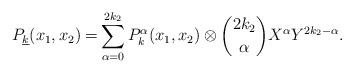
LaTeX: \begin{align*} P_{\underline{k}}(x_1,x_2) =& \sum^{2k_2}_{\alpha =0} P^\alpha_k(x_1,x_2)\otimes \binom{2k_2}{\alpha} X^\alpha Y^{2k_2-\alpha}. \end{align*}